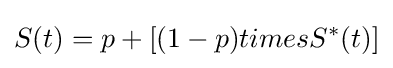
S(t)=p+[(1-p)timesS^{*}(t)]